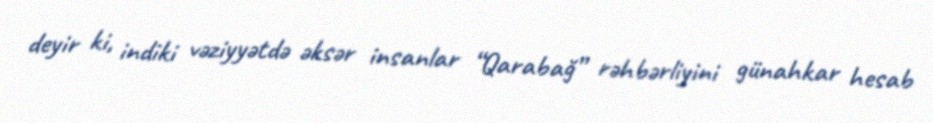
deyir ki, indiki vəziyyətdə əksər insanlar “Qarabağ” rəhbərliyini günahkar hesab